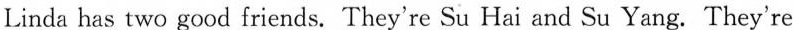
Linda has two good friends. They're Su Hai and Su Yang. They're